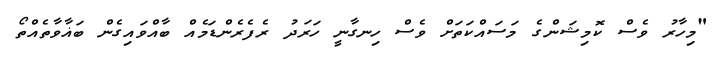
"މިހާރު ވެސް ކޮމިޝަންގެ މަސައްކަތަށް ވެސް ހިނގާނީ ހަރަދު ރެފެރެންޑަމެއް ބާއްވައިގެން ބަޣާވާތެއްތޯ